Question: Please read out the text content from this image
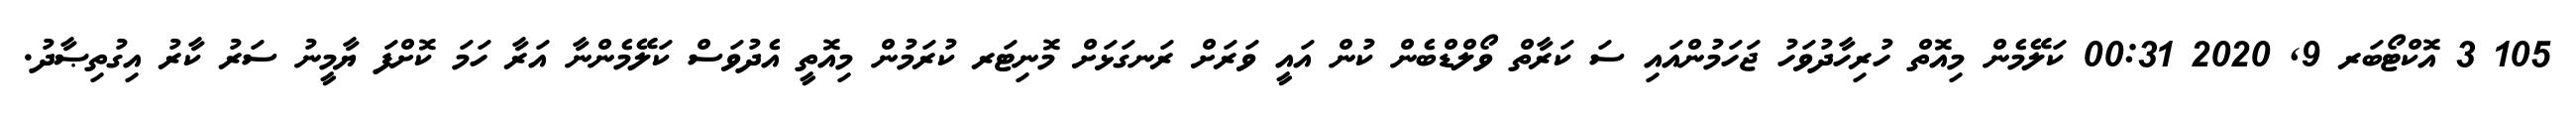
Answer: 105 3 އޮކްޓޯބަރ 9, 2020 00:31 ކަލޭމެން މިއޮތް ހުރިހާދުވަހު ޖަހަމުންއައި ސަ ކަރާތް ވޯލްޑްބެން ކުން އައީ ވަރަށް ރަނގަޅަށް މޮނިޓަރ ކުރަމުން މިއޮތީ އެދުވަސް ކަލޭމެންނާ އަރާ ހަމަ ކޮށްފަ ޔާމީނު ސަރު ކާރު އިގުތިޞާދު.